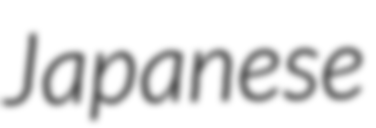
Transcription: Japanese